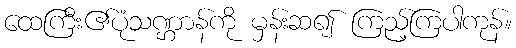
ထေကြီး၏ပုံသဏ္ဌာန်ကို မှန်းဆ၍ ကြည့်ကြပါကုန်။